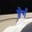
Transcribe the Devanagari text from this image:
ज्वेर्ग